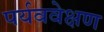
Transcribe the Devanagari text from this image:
पर्यववेक्षण